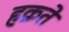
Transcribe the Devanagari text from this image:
हक्रते